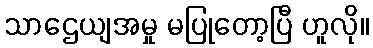
သာဌေယျအမှု မပြုတော့ပြီ ဟူလို။